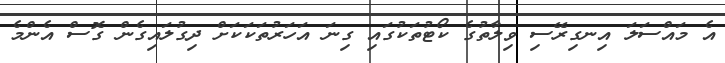
އެ މައްސަލަ އިނގިރޭސި ވިލާތުގެ ކޯޓުތަކުގައި ގިނަ އަހަރުތަކަކަށް ދިގުލައިގެން ގޮސް އެންމެ